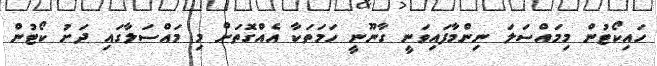
ހައިކޯޓުން މިމައްސަލަ ނިންމާފައިވަނީ ގާނޫނީ ހަމަތަކާ އެއްގޮތަށް މި މައްސަލާގައި ދަށު ކޯޓުން